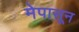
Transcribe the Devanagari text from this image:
मेपासून